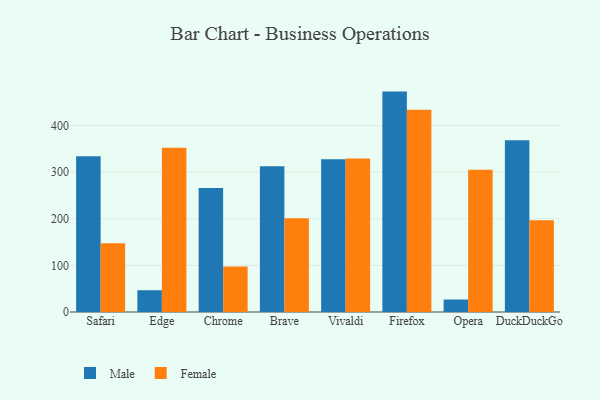
{"axis": {"x": "Browser", "y": "Market Share (%)"}, "legend": ["Female", "Male"], "data": [{"x": "Safari", "y": 333.9, "type": "Male"}, {"x": "Safari", "y": 147.5, "type": "Female"}, {"x": "Edge", "y": 46.7, "type": "Male"}, {"x": "Edge", "y": 352.4, "type": "Female"}, {"x": "Chrome", "y": 266.0, "type": "Male"}, {"x": "Chrome", "y": 97.4, "type": "Female"}, {"x": "Brave", "y": 312.9, "type": "Male"}, {"x": "Brave", "y": 201.3, "type": "Female"}, {"x": "Vivaldi", "y": 327.9, "type": "Male"}, {"x": "Vivaldi", "y": 329.5, "type": "Female"}, {"x": "Firefox", "y": 472.8, "type": "Male"}, {"x": "Firefox", "y": 433.9, "type": "Female"}, {"x": "Opera", "y": 26.8, "type": "Male"}, {"x": "Opera", "y": 304.9, "type": "Female"}, {"x": "DuckDuckGo", "y": 368.6, "type": "Male"}, {"x": "DuckDuckGo", "y": 196.9, "type": "Female"}]}